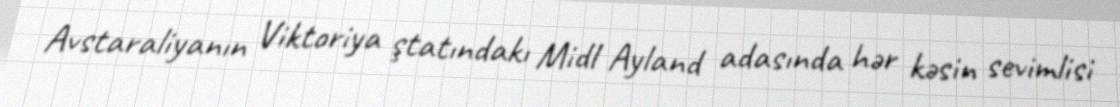
Avstaraliyanın Viktoriya ştatındakı Midl Ayland adasında hər kəsin sevimlisi